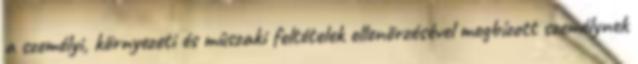
a személyi, környezeti és mûszaki feltételek ellenõrzésével megbízott személynek